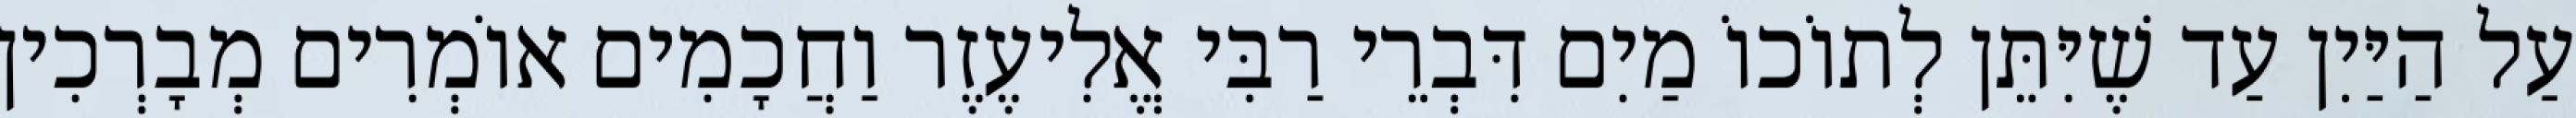
עַל הַיַּיִן עַד שֶׁיִּתֵּן לְתוֹכוֹ מַיִם דִּבְרֵי רַבִּי אֱלִיעֶזֶר וַחֲכָמִים אוֹמְרִים מְבָרְכִין